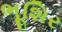
ભૂશિર